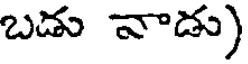
బడు వాడు)